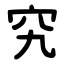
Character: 究